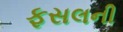
ફસલની